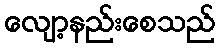
လျော့နည်းစေသည်